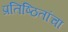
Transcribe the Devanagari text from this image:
प्रतिष्ठितांचा